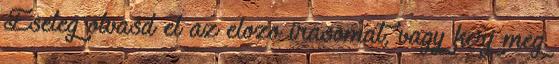
Eseleg olvasd el az elozo irasomat, vagy kerj meg